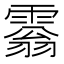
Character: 𩄘